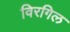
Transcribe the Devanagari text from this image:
विरगिल